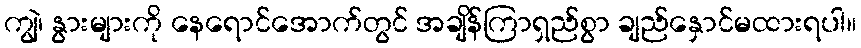
ကျွဲ၊ နွားများကို နေရောင်အောက်တွင် အချိန်ကြာရှည်စွာ ချည်နှောင်မထားရပါ။